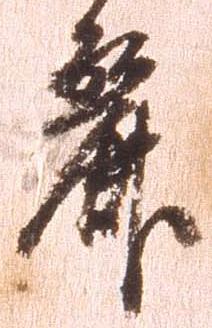
麗